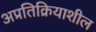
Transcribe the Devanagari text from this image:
अप्रतिक्रियाशील